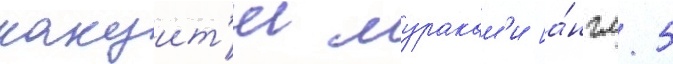
какуит'и муракам'и [а́нгл. 5